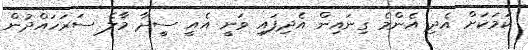
ކަމަކަށް އެދި އެންމެ ގިނައިން އެދިފައި ވަނީ އެއީ ސީދާ މާލެ ސަރަހައްދުން